Eesti_Peakonsulaat_New_Yorgis, lk 4
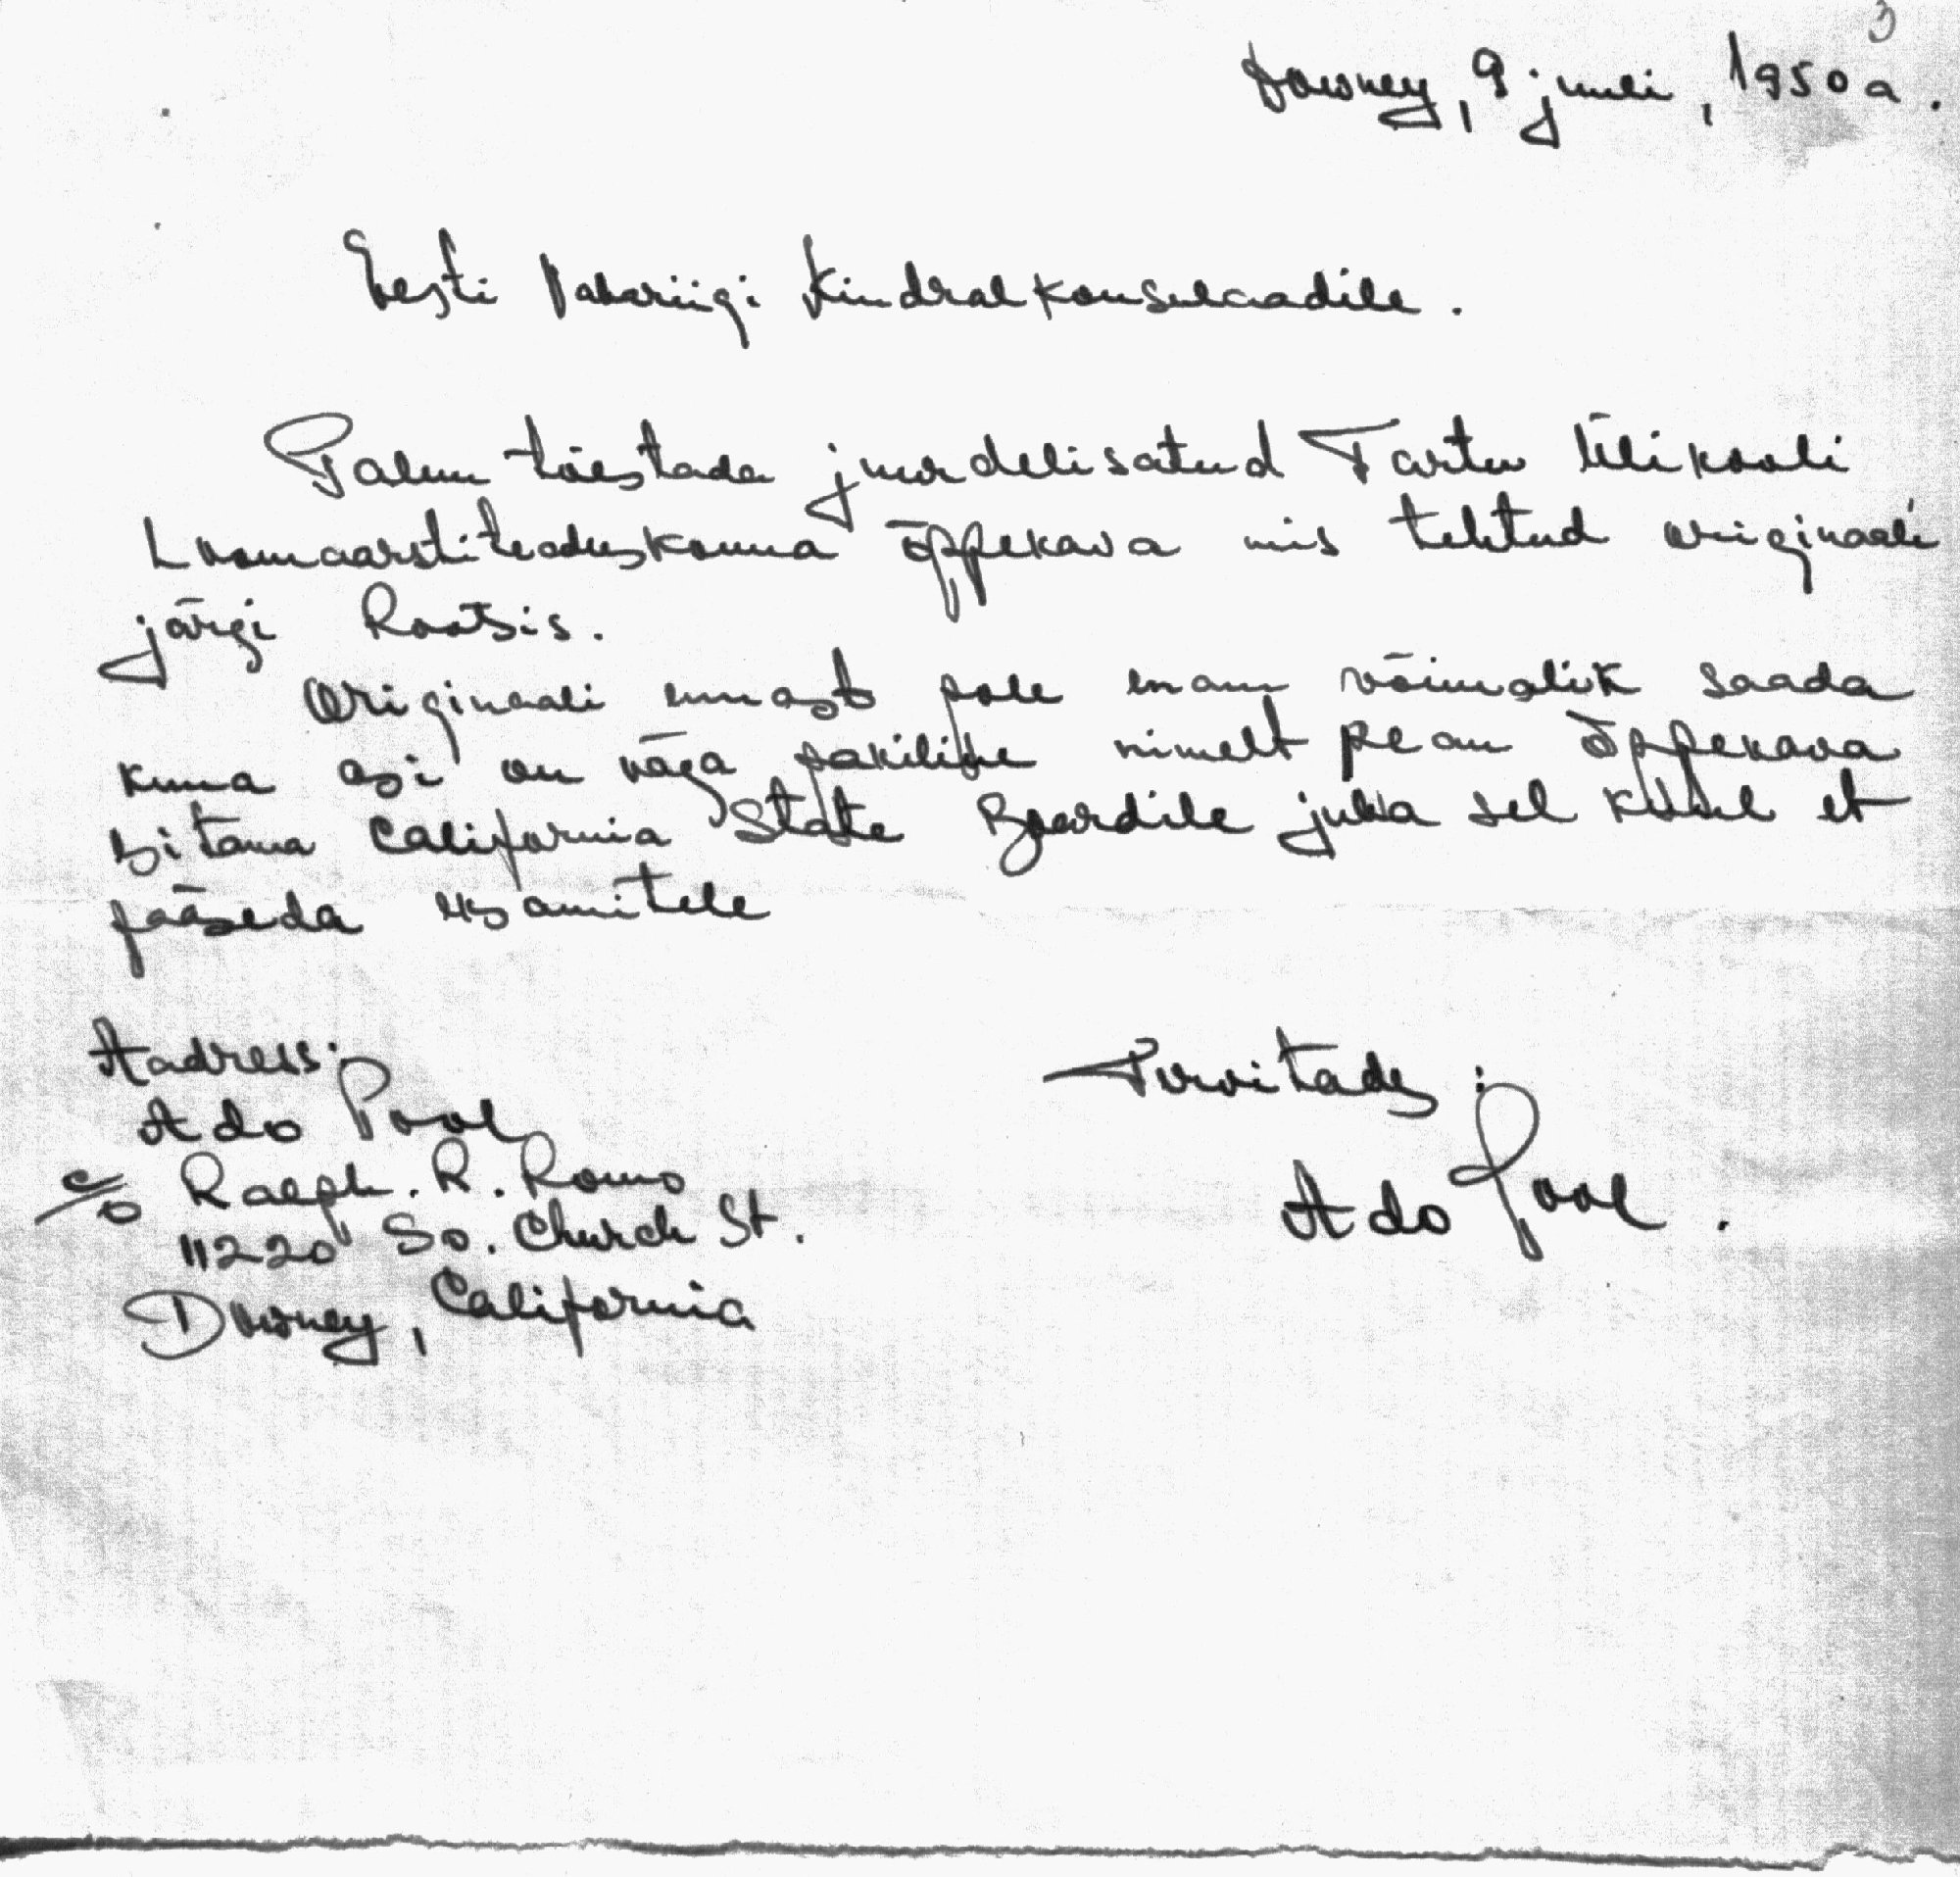
3
Downey, 9 juuli, 1950a.
Eesti Vabariigi Kindralkonsulaadile.
Palun tõestada juurdelisatud Tartu Ülikooli
Loomaarstiteaduskonna õppekava mis tehtud originaali
järgi Rootsis.
Ooriginaali ennast pole enam võimalik saada
Kuna asi on väga pakiline nimelt pean õppekava
esitama California State Boardile juba sel kuul et
pääseda eksamitele
Aadress:
Tervitades
Ado Pool
c/o Ralph. R. Romo
11220 So. Church St.
Ado Pool
Downey, California.